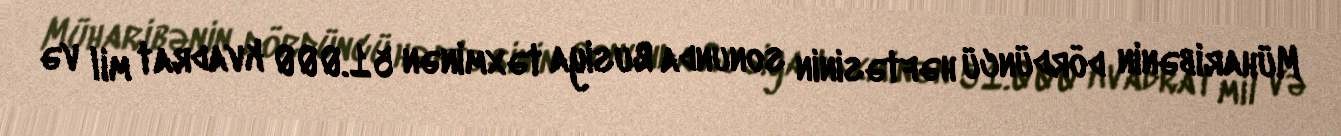
Müharibənin dördüncü həftəsinin sonunda Rusiya təxminən 51.000 kvadrat mil və